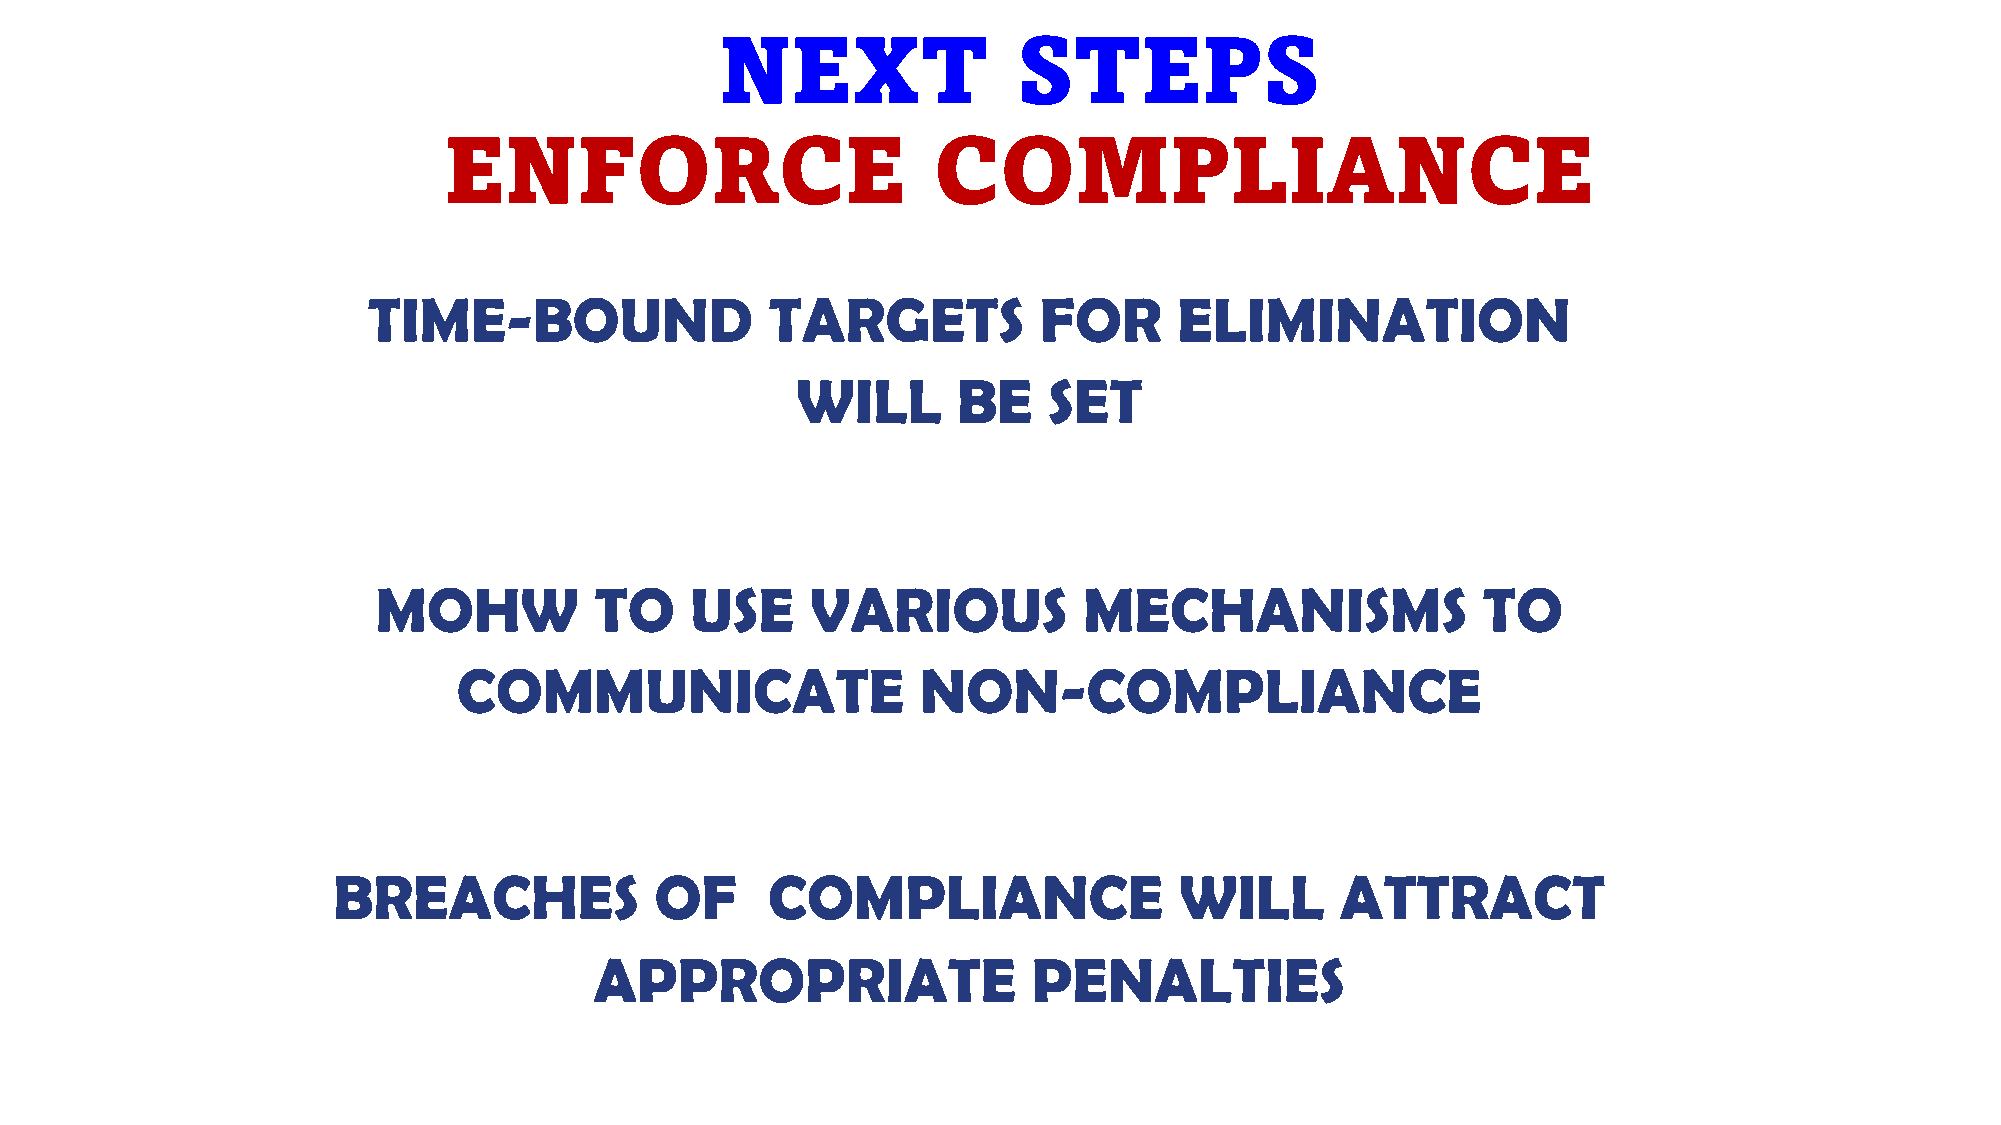
NEXT               STEPS
 ENFORCE                          COMPLIANCE
 TIME-BOUND                 TARGETS           FOR      ELIMINATION
 WILL      BE    SET
 MOHW          TO     USE     VARIOUS           MECHANISMS                TO
 COMMUNICATE                    NON-COMPLIANCE
 BREACHES             OF      COMPLIANCE                 WILL       ATTRACT
 APPROPRIATE                  PENALTIES